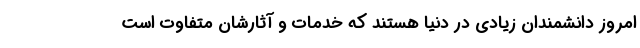
امروز دانشمندان زیادی در دنیا هستند که خدمات و آثارشان متفاوت است